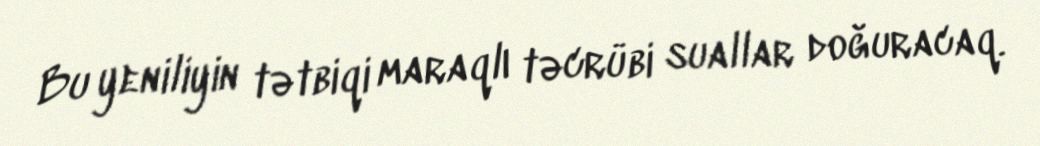
Bu yeniliyin tətbiqi maraqlı təcrübi suallar doğuracaq.